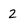
Character: 2